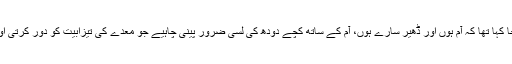
مرزا غالب نے بجا کہا تھا کہ آم ہوں اور ڈھیر سارے ہوں، آم کے ساتھ کچے دودھ کی لسی ضرور پینی چاہیے جو معدے کی تیزابیت کو دور کرتی اور خون بناتی ہے۔